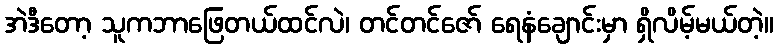
အဲဒီတော့ သူကဘာဖြေတယ်ထင်လဲ၊ တင်တင်ဇော် ရေနံချောင်းမှာ ရှိလိမ့်မယ်တဲ့။